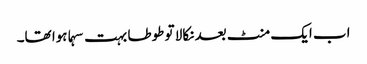
اب ایک منٹ بعد نکالا تو طوطا بہت سہما ہوا تھا۔